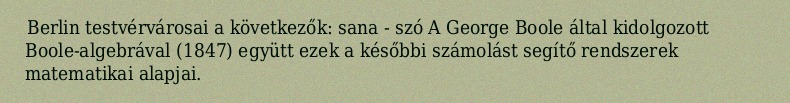
Berlin testvérvárosai a következők: sana - szó A George Boole által kidolgozott Boole-algebrával (1847) együtt ezek a későbbi számolást segítő rendszerek matematikai alapjai.